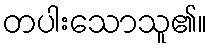
တပါးသောသူ၏။